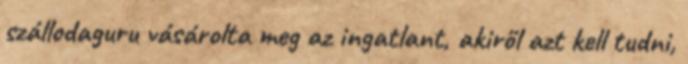
szállodaguru vásárolta meg az ingatlant, akiről azt kell tudni,